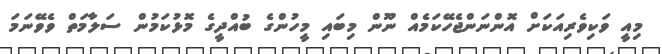
މިއީ ވަކިވެރިއަކަށް އޮންނަންޖެހޭކަމެއް ނޫން މިބައި މީހުންގެ ބުއްދީގެ މޮޅުކަމުން ސަލާމަތް ވެވޭނަމަ